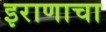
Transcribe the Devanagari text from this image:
इराणाचा